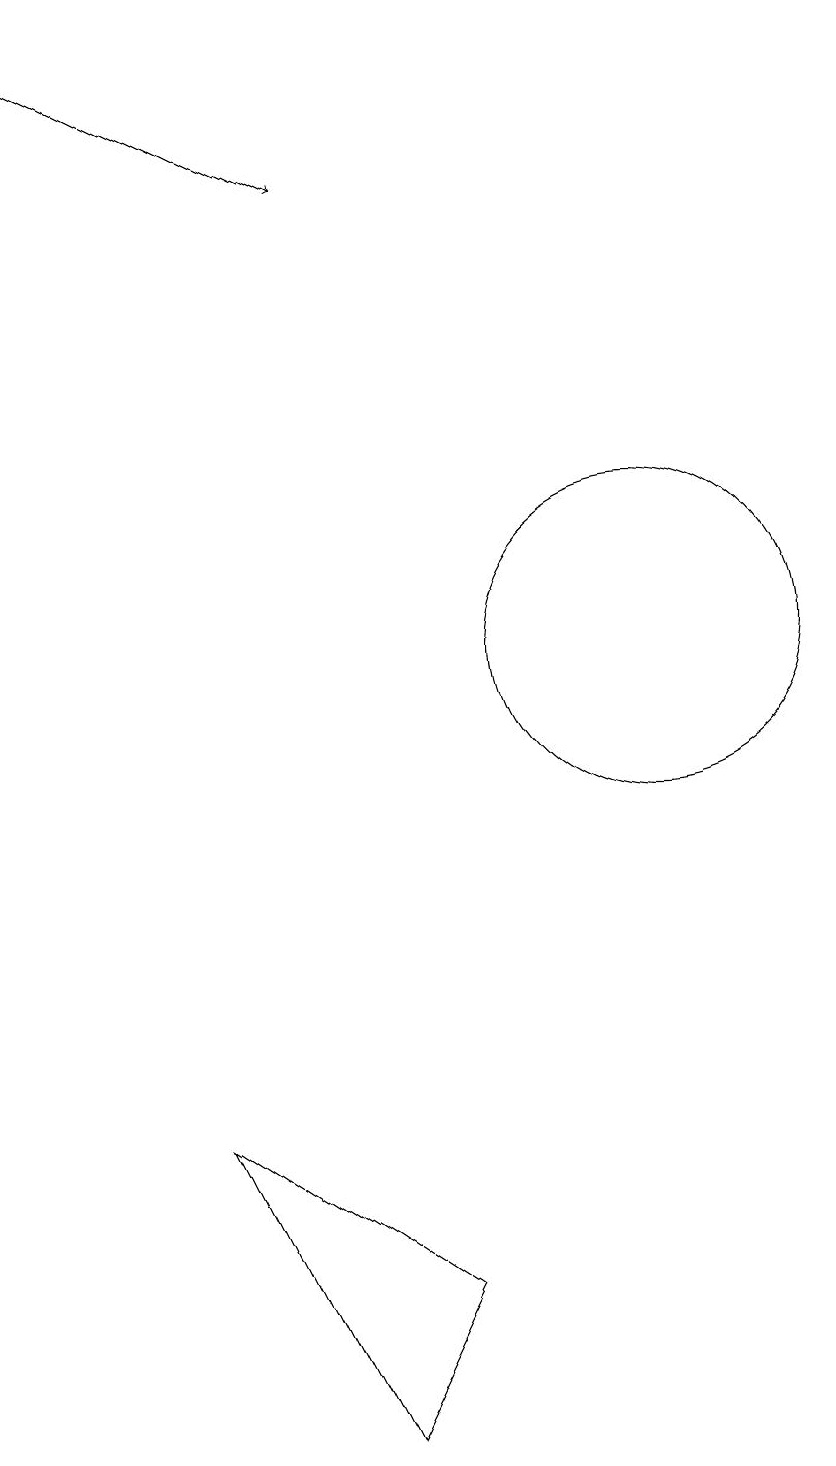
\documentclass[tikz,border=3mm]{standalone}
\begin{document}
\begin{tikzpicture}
\draw (6,1) -- (4,5) -- (7,3) -- cycle;
\draw[->] (2,19) -- (6,17);
\draw (10,11) circle (2);
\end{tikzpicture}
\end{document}